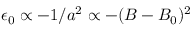
\epsilon _ { 0 } \propto - 1 / a ^ { 2 } \propto - ( B - B _ { 0 } ) ^ { 2 }